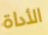
الأداة